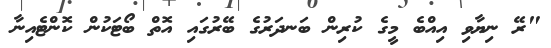
"ރޭ ނިޔާވި އިއްބެ މީގެ ކުރިން ބަނދަރުގެ ބޭރުގައި އޮތް ބޯޓަކުން ކޮންޓެއިނާ